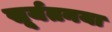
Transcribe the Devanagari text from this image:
सूर्यतनया